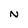
Character: N